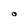
Character: O